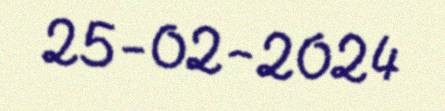
25-02-2024